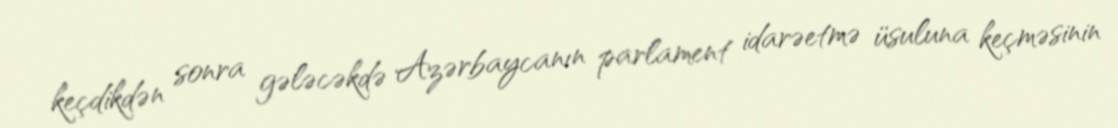
keçdikdən sonra gələcəkdə Azərbaycanın parlament idarəetmə üsuluna keçməsinin